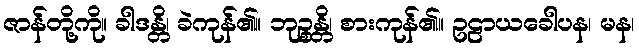
ဇာန်တို့ကို။ ခါဒန္တိ၊ ခဲကုန်၏။ ဘုဉ္စန္တိ၊ စားကုန်၏။ ဥဠာယခေါပန၊ မန၊